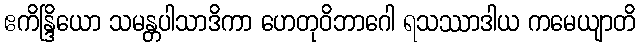
ဧကိန္ဒြိယော သမန္တပါသာဒိကာ ဟေတုဝိဘာဂေါ ရသဿာဒါယ ကမေယျာတိ